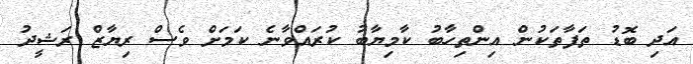
އަދި ބޮޑު ތަފާތަކުން އިންތިހާބު ކާމިޔާބު ކުރައްވާނެ ކަމަށް ވެސް ރިޔާޒް ރަޝީދު